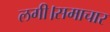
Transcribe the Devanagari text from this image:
लगी।समाचार